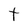
Character: t